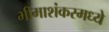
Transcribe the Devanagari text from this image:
भीमाशंकरमध्ये